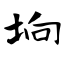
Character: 垧